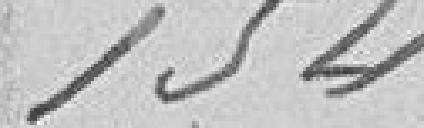
154